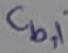
Text: Cb,1